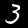
Digit: 3